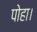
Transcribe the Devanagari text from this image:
पोहा।